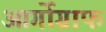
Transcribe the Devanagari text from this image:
आर्गोग्राफ